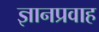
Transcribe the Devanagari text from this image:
ज्ञानप्रवाह